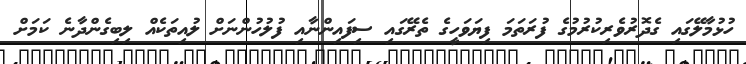
ހުޅުމާލޭގައި ގެދޮރުވެރިކުރުމުގެ ފުރަތަމަ ފިޔަވަހީގެ ތެރޭގައި ސިފައިންނާއި ފުލުހުންނަށް ލުއިތަކެއް ލިބިގެންދާނެ ކަމަށް